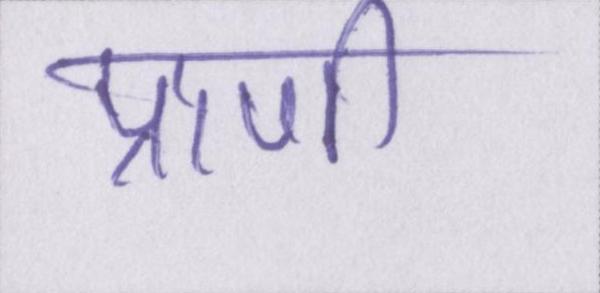
प्राणी